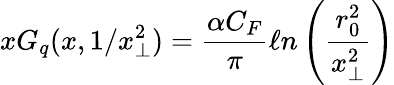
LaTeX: xG_{q}(x,1/x_{\perp}^{2})={\frac{\alpha C_{F}}{\pi}}\ell n\left({\frac{r_{0}^{2}}{x_{\perp}^{2}}}\right)